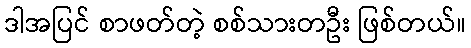
ဒါအပြင် စာဖတ်တဲ့ စစ်သားတဦး ဖြစ်တယ်။